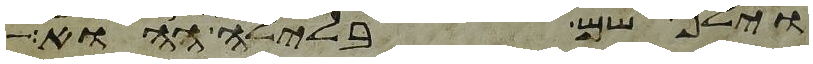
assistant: וילן שם בלילה ההוא